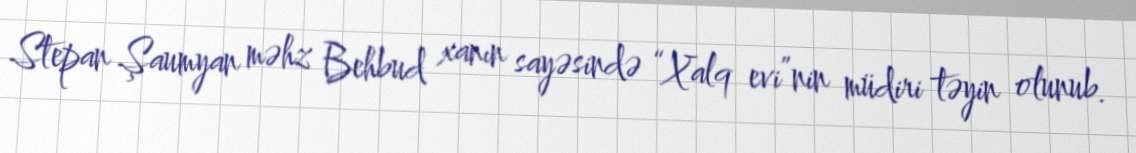
Stepan Şaumyan məhz Behbud xanın sayəsində “Xalq evi”nin müdiri təyin olunub.